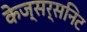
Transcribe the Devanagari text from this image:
केज्सर्सनिट